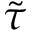
\tilde { \tau }